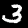
Digit: 3